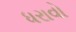
ધરાવો